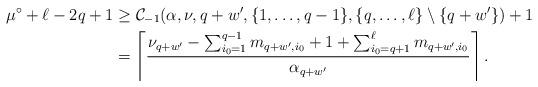
LaTeX: \begin{align*}\mu^{\circ} + \ell - 2q + 1 & \geq \mathcal{C}_{-1}(\alpha, \nu, q + w', \lbrace 1, \ldots, q-1 \rbrace, \lbrace q, \ldots, \ell \rbrace \setminus \lbrace q+w' \rbrace) + 1 \\ & = \left \lceil \frac{\nu_{q+w'} - \sum_{i_0=1}^{q-1} m_{q+w', i_0} + 1 + \sum_{i_0 = q+1}^{\ell} m_{q+w', i_0}}{\alpha_{q + w'}} \right \rceil. \end{align*}